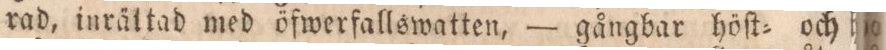
rad, inrättad med öfwerfallswatten, — gångbar höſt= och